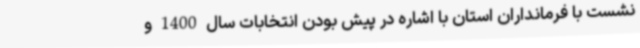
نشست با فرمانداران استان با اشاره در پیش بودن انتخابات سال 1400 و